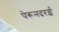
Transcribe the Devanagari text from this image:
पेरूनदरई